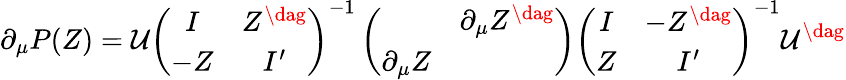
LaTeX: \partial_{\mu}P(Z)=\mathcal{U}\left(\begin{array}{cc}{{I}}&{{Z^{\dag}}}\\ {{-Z}}&{{I^{\prime}}}\end{array}\right)^{-1}\left(\begin{array}{cc}{{}}&{{\partial_{\mu}Z^{\dag}}}\\ {{\partial_{\mu}Z}}&{{}}\end{array}\right)\left(\begin{array}{cc}{{I}}&{{-Z^{\dag}}}\\ {{Z}}&{{I^{\prime}}}\end{array}\right)^{-1}\mathcal{U}^{\dag}